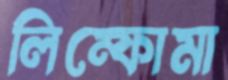
লিম্ফোমা